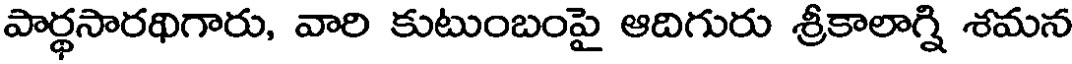
పార్థసారథిగారు, వారి కుటుంబంపై ఆదిగురు శ్రీకాలాగ్ని శమన